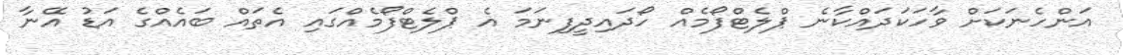
އަންހެނަކަށް ވާހަކަދައްކާނެ ޕްލެޓްފޯމެއް ހޯދައިދީފިނަމަ އެ ޕްލެޓްފޯމެއްގައި އެތައް ބައެއްގެ އަޑު އޭނާ